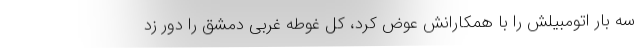
سه بار اتومبیلش را با همکارانش عوض کرد، کل غوطه غربی دمشق را دور زد